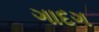
ગાદગ